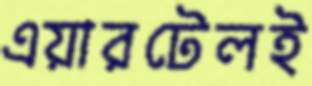
এয়ারটেলই